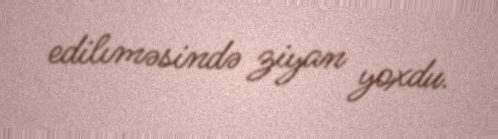
edilıməsində ziyan yoxdu.